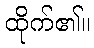
ထိုက်၏။